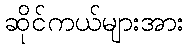
ဆိုင်ကယ်များအား